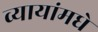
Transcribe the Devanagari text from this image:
व्यायांमधे